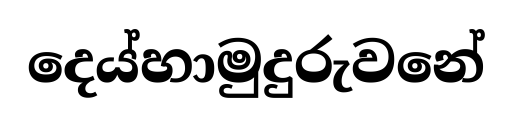
දෙය්හාමුදුරුවනේ